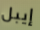
إيبل